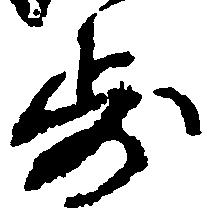
歩